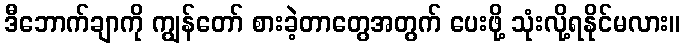
ဒီဘောက်ချာကို ကျွန်တော် စားခဲ့တာတွေအတွက် ပေးဖို့ သုံးလို့ရနိုင်မလား။